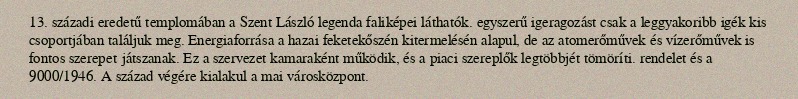
13. századi eredetű templomában a Szent László legenda faliképei láthatók. egyszerű igeragozást csak a leggyakoribb igék kis csoportjában találjuk meg. Energiaforrása a hazai feketekőszén kitermelésén alapul, de az atomerőművek és vízerőművek is fontos szerepet játszanak. Ez a szervezet kamaraként működik, és a piaci szereplők legtöbbjét tömöríti. rendelet és a 9000/1946. A század végére kialakul a mai városközpont.